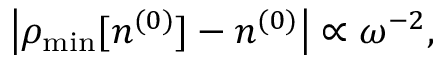
\left\vert \rho _ { \mathrm { m i n } } [ n ^ { ( 0 ) } ] - n ^ { ( 0 ) } \right\vert \propto \omega ^ { - 2 } ,